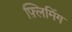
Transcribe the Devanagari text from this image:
फ़्लिमिंग